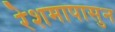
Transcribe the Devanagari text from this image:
रेशमापासुन